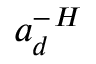
{ { a } _ { d } ^ { - } } ^ { H }